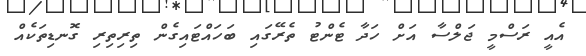
އެއީ ރަސްމީ ޖަލްސާ އަށް ހަދާ ޓެންޓު ތެރޭގައި ބަހައްޓައިގެން ތިރިތިރި ގޮނޑިތަކެއް